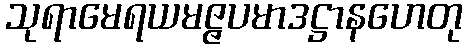
သုရာမေရယမဇ္ဇပမာဒဋ္ဌာနဟေတု